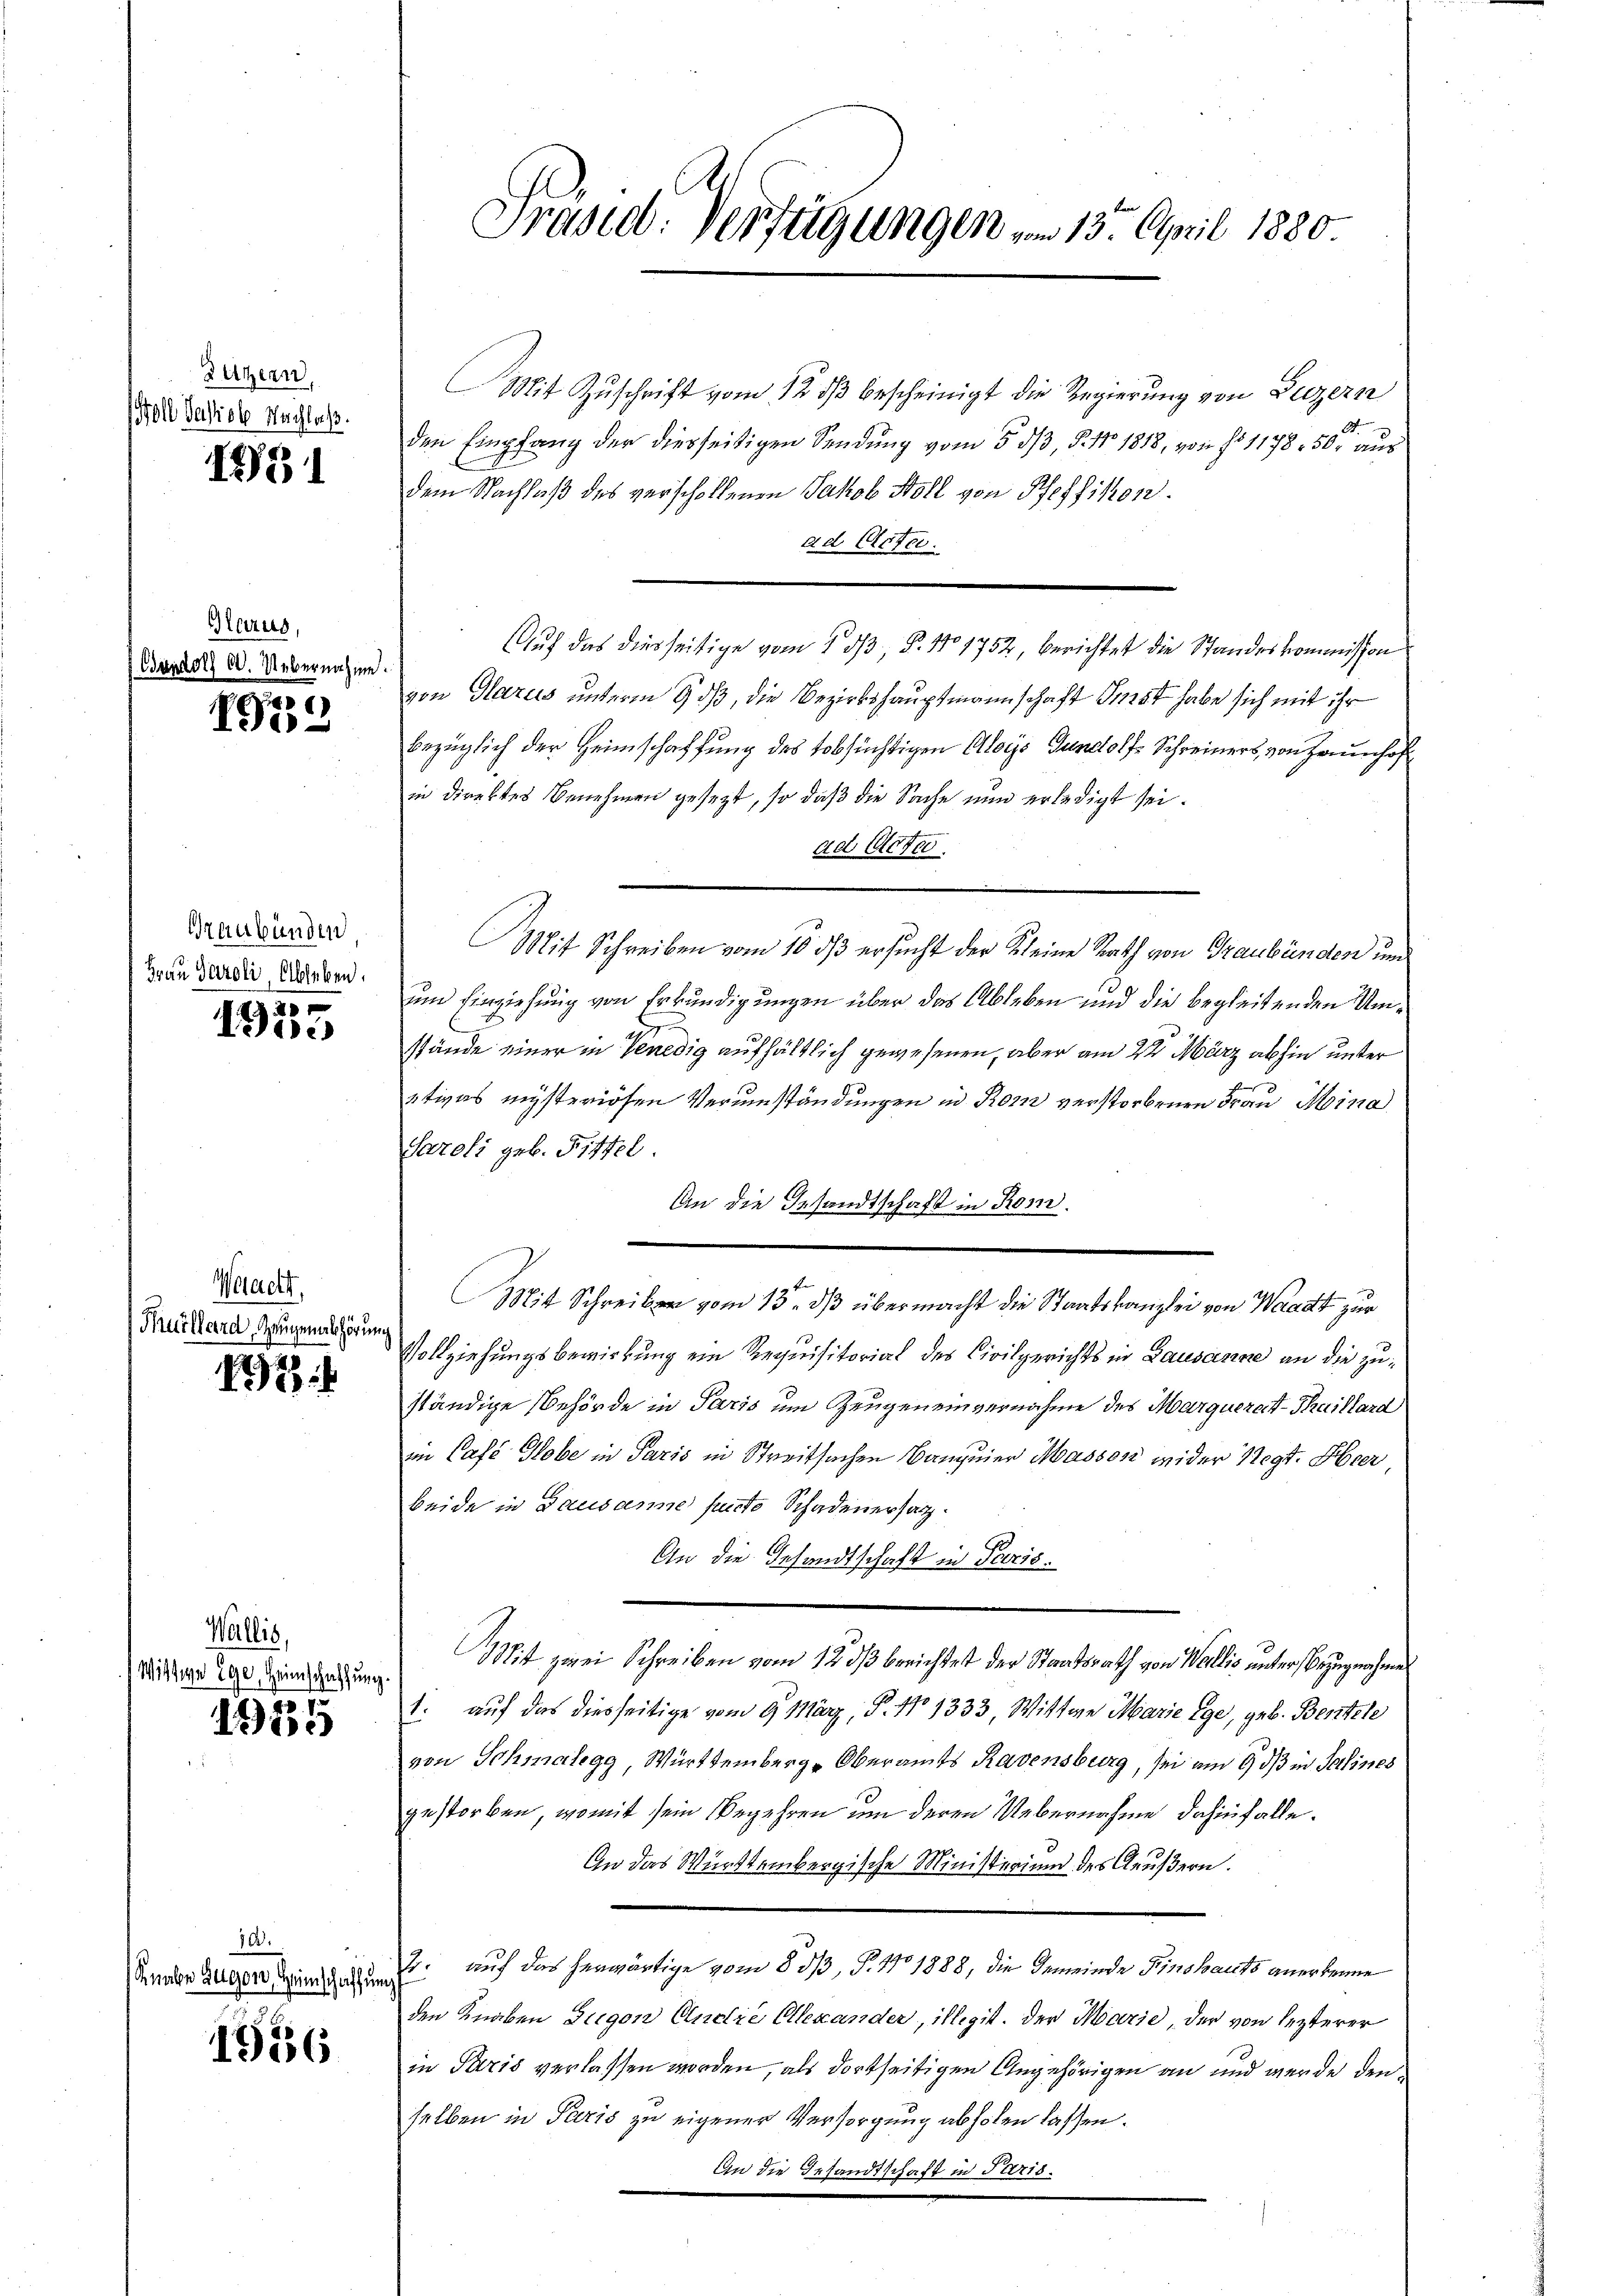
Sutern.
Soll Vasrob Nachloß.

.

Heer

1931

d

s
190

Graubünden
Frau Paroli, Ableben.

20
Die

Waett
Tuillard, Zeugenabhörun

12

Wallis,
Wistige Ege, Heimschaffung

1935

72.
Knaben Gegen, Heimschaffung

1956

d.

Präsid. Verfügungen vom 13. April 1880.

Mit Zuschrift vom 12. ds bescheinigt die Regierung von Luzern
den Empfang der diesseitigen Sendung vom 5. dß, §. No 1818, von fo 1178. 50 rt dur
dem Nachlaß des verscholtenen Jakob Holl von Pfeffikon.
ad Acte
Auf das diesseitige vom 1 dβ, P. Nr. 1752, berichtet die Standeskommission
von Glarus unterm 9. ds, die Bezirkshauptmannschaft ist habe sich mit ihr
bezüglich der Heimschaffung des tobsüchtigen Alois Gundolf Schreiners, von Zaunhof
in direktes Benehmen gesezt, so daß die Sache nun erledigt sei.
ad Acten
Mit Schreiben vom 10. ds ersucht der Kleine Rath von Graubünden und
um Einziehung von Erkundigungen über das Ableben und die begleitenden Umstände einer in Venedig aufhältlich gewesenen, aber am 22. März abhin unter
tives misteriösen Verumständungen in Rom verstorbenen Frau Mina
Saroli geb. Fittel.
An die Gesandtschaft in Rom.
Mit Schreiben vom 15. dß übermacht die Staatskanzlei von Waadt zur
Vollziehungsbewirkung ein Requisitorial des Civilgerichts in Lausanne an die zuständige Behörde in Paris um Zeugen einvernahme des Marqueratt-Thaillard
in Café Hobe in Paris in Streitsachen Banquier Masson wider Negt. Heer
beide in Lausanne functo Schadenersatz.
An die Gesandtschaft in Paris.
Mit zwei Schreiben vom 12. ds berichtet der Staatsrath von Wallis unter Bezugnahme
1. auf das diesseitige vom 9. März, P. No 1333, Wittwe Marie êge, geb. Bentele
von Schmalegg, Württemberg-Oberamts Ravensburg, sei am 9. ds in Salines
gestorben, womit sein Begehren um deren Uebernahme dahinfalle.
An das Württembergische Ministerium des Aeußern.
2. auf das herwärtige vom 85/3, P. 110 1888, die Gemeinde Finsbauts anerkenne
den Knaben Zugen Andre Alexander, illegit. Der Marie, der von lezterer
in Paris verlassen worden, als dortseitigen Angehörigen an und werde den
selben in Paris zu eigener Versorgung abholen lassen.
An die Gesandtschaft in Paris.